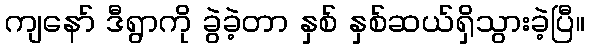
ကျနော် ဒီရွာကို ခွဲခဲ့တာ နှစ် နှစ်ဆယ်ရှိသွားခဲ့ပြီ။